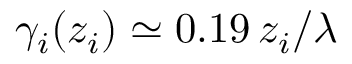
\gamma _ { i } ( z _ { i } ) \simeq 0 . 1 9 \, z _ { i } / \lambda